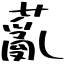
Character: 薍